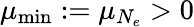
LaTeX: \mu_{\mathrm{min}}:=\mu_{N_{e}}>0